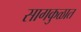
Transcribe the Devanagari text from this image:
सागकुळात